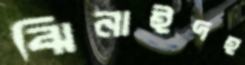
ঝিনাইদহ